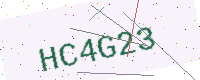
Text: HC4G23